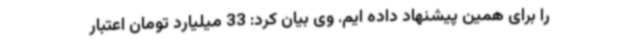
را برای همین پیشنهاد داده ایم. وی بیان کرد: 33 میلیارد تومان اعتبار